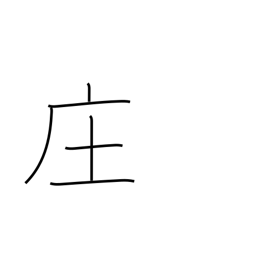
Meaning: village